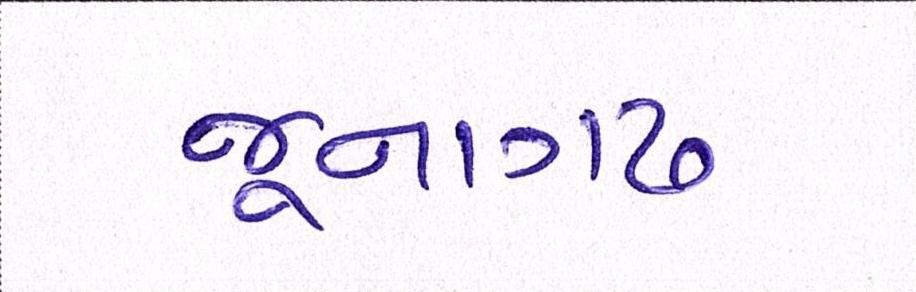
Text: જૂનાગઢ